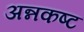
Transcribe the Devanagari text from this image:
अन्नकष्ट